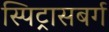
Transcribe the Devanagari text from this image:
स्पिट्रासबर्ग